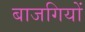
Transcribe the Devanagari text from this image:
बाजगियों